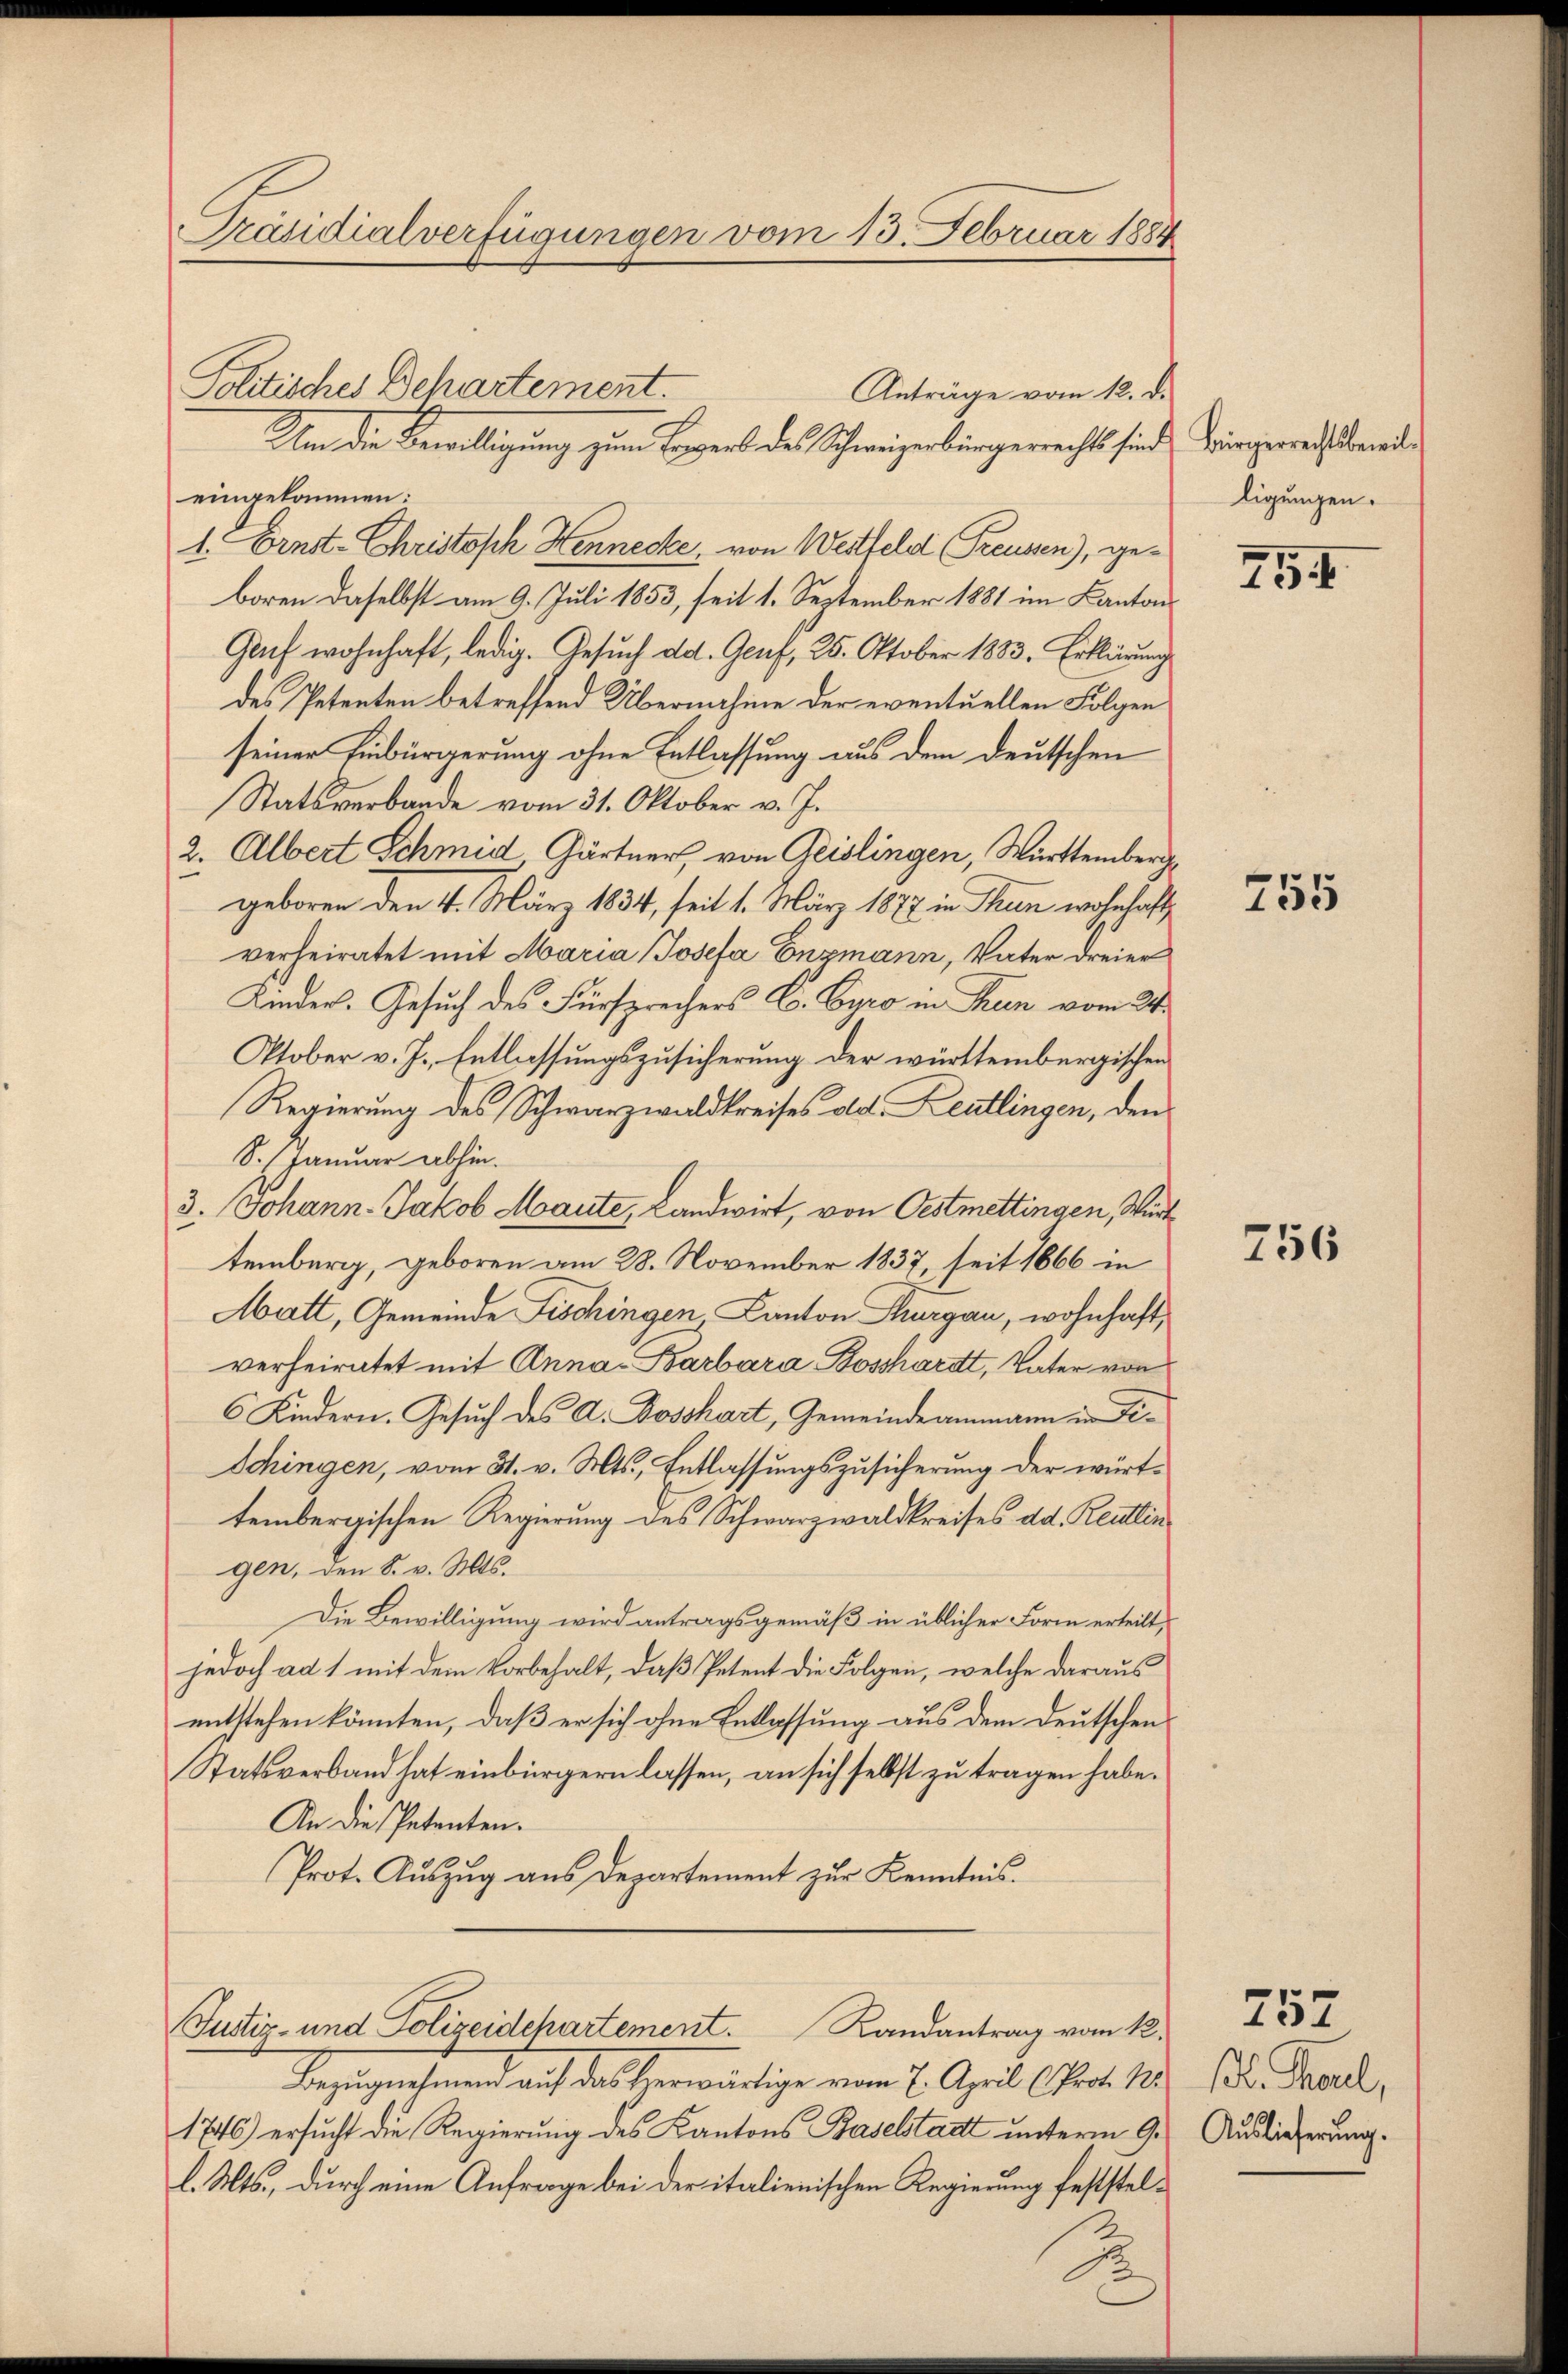
Präsidialverfügungen vom 13. Februar 1884

Politisches Behartement.
Um die Bewilligung zum Bewerb des Schweizerbringerechts sind

eingekommen:
1. Ernst-Christoph Hennecke, von Weitteld Treusen), geboren daselbst am 9. Juli 1853, seit 1. September 1881 im Kantons
Gant wohnhaft, ledig. Gesuch ad. Genf, 25. Oktober 1883. Erklärung
des Petenten betreffend Übernahme der eventuellen Folgen
seiner Einbürgerung ohne Entlassung aus dem deutschen
Statsverbande vom 31. Oktober v. J.
2. Albert Schmid Gärtner, von Geislingen, Württemberg
geboren den 4. März 1834, seit 1. März 1877 in Thun wohnhaft
verheiratet mit Maria Josefa Enzmann, Vater dreier
Kinder. Gesuch des Fürsprechers C. Cyro in Thun vom 24.
Ptober v. J. Entlassungszusicherung der württembergischen
Regierung des Schwarzwaldkreises des Leutlingen, den
S. Januar abhin.
3. Johann Jakob Maute, Landwirt, von Oestmettingen, Würt
temberg, geboren am 28. November 1837, seit 1866 in
Matt, Gemeinde Fischingen Canton Thurgau, wohnhaft,
verheiratet mit Anna Barbara Bosshardt, Vater von
6 Kindern. Gesuch des A. Bosshart, Gemeindeammann in Fi¬
Schingen, vom 31. v. Mts., Entlassungszusicherung der württembergischen Regierung des Schwarzwaldkreises ad. Reutlingen, den S. v. Mts.
Die Bewilligung wird antragsgemäß in üblicher Form erteilt,
jedoch ad 1 mit dem Vorbehalt, daß Petent die Folgen, welche daraus
entstehen könnten, daß er sich ohne Entlassung aus dem Deutschen
Statsverband hat einbürgern lassen, an sich selbst zu tragen habe.
An die Petenten.
Prot. Aŭszŭg aŭs Departement zŭr Kenntnis.
Justiz- und Polizeidchartement. Landantrag vom K.
Bezŭgnehmend auf das herwärtige vom 7. April (Prot. N.
1746) ersucht die Regierung des Kantons Baselstatt unterm 9.
l. Mts., durch eine Anfrage bei der italienischen Regierung feststel¬

Anträge vom 12. d.

Bürgerrechtsbewilligungen.

754

755

756

257
Bl. Paul,
Auslieferung.